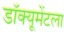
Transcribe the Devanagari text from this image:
डॉक्यूमेंटला